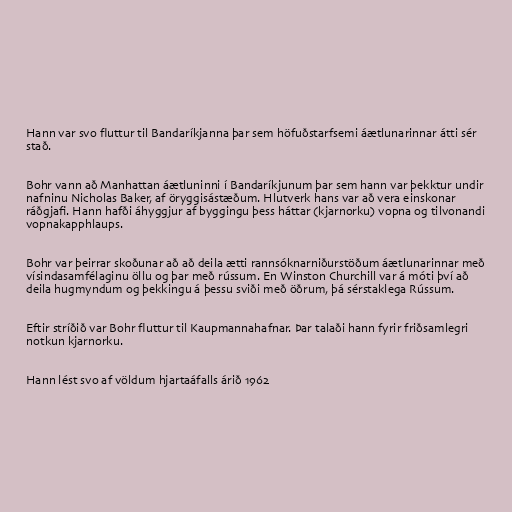
Hann var svo fluttur til Bandaríkjanna þar sem höfuðstarfsemi áætlunarinnar átti sér
stað.

Bohr vann að Manhattan áætluninni í Bandaríkjunum þar sem hann var þekktur undir
nafninu Nicholas Baker, af öryggisástæðum. Hlutverk hans var að vera einskonar
ráðgjafi. Hann hafði áhyggjur af byggingu þess háttar (kjarnorku) vopna og tilvonandi
vopnakapphlaups.

Bohr var þeirrar skoðunar að að deila ætti rannsóknarniðurstöðum áætlunarinnar með
vísindasamfélaginu öllu og þar með rússum. En Winston Churchill var á móti því að
deila hugmyndum og þekkingu á þessu sviði með öðrum, þá sérstaklega Rússum.

Eftir stríðið var Bohr fluttur til Kaupmannahafnar. Þar talaði hann fyrir friðsamlegri
notkun kjarnorku.

Hann lést svo af völdum hjartaáfalls árið 1962